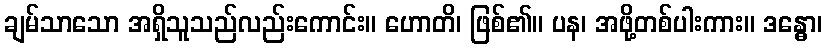
ချမ်သာသော အရှိသူသည်လည်းကောင်း။ ဟောတိ၊ ဖြစ်၏။ ပန၊ အဖို့တစ်ပါးကား။ ဒန္ဓော၊